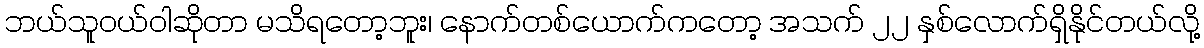
ဘယ်သူဝယ်ဝါဆိုတာ မသိရတော့ဘူး၊ နောက်တစ်ယောက်ကတော့ အသက် ၂၂ နှစ်လောက်ရှိနိုင်တယ်လို့